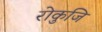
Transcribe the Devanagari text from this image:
रोकुजि